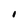
Character: I